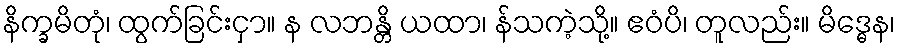
နိက္ခမိတုံ၊ ထွက်ခြင်းငှာ။ န လဘန္တိ ယထာ၊ န်သကဲ့သို့။ ဧဝံပိ၊ တူလည်း။ မိဒ္ဓေန၊